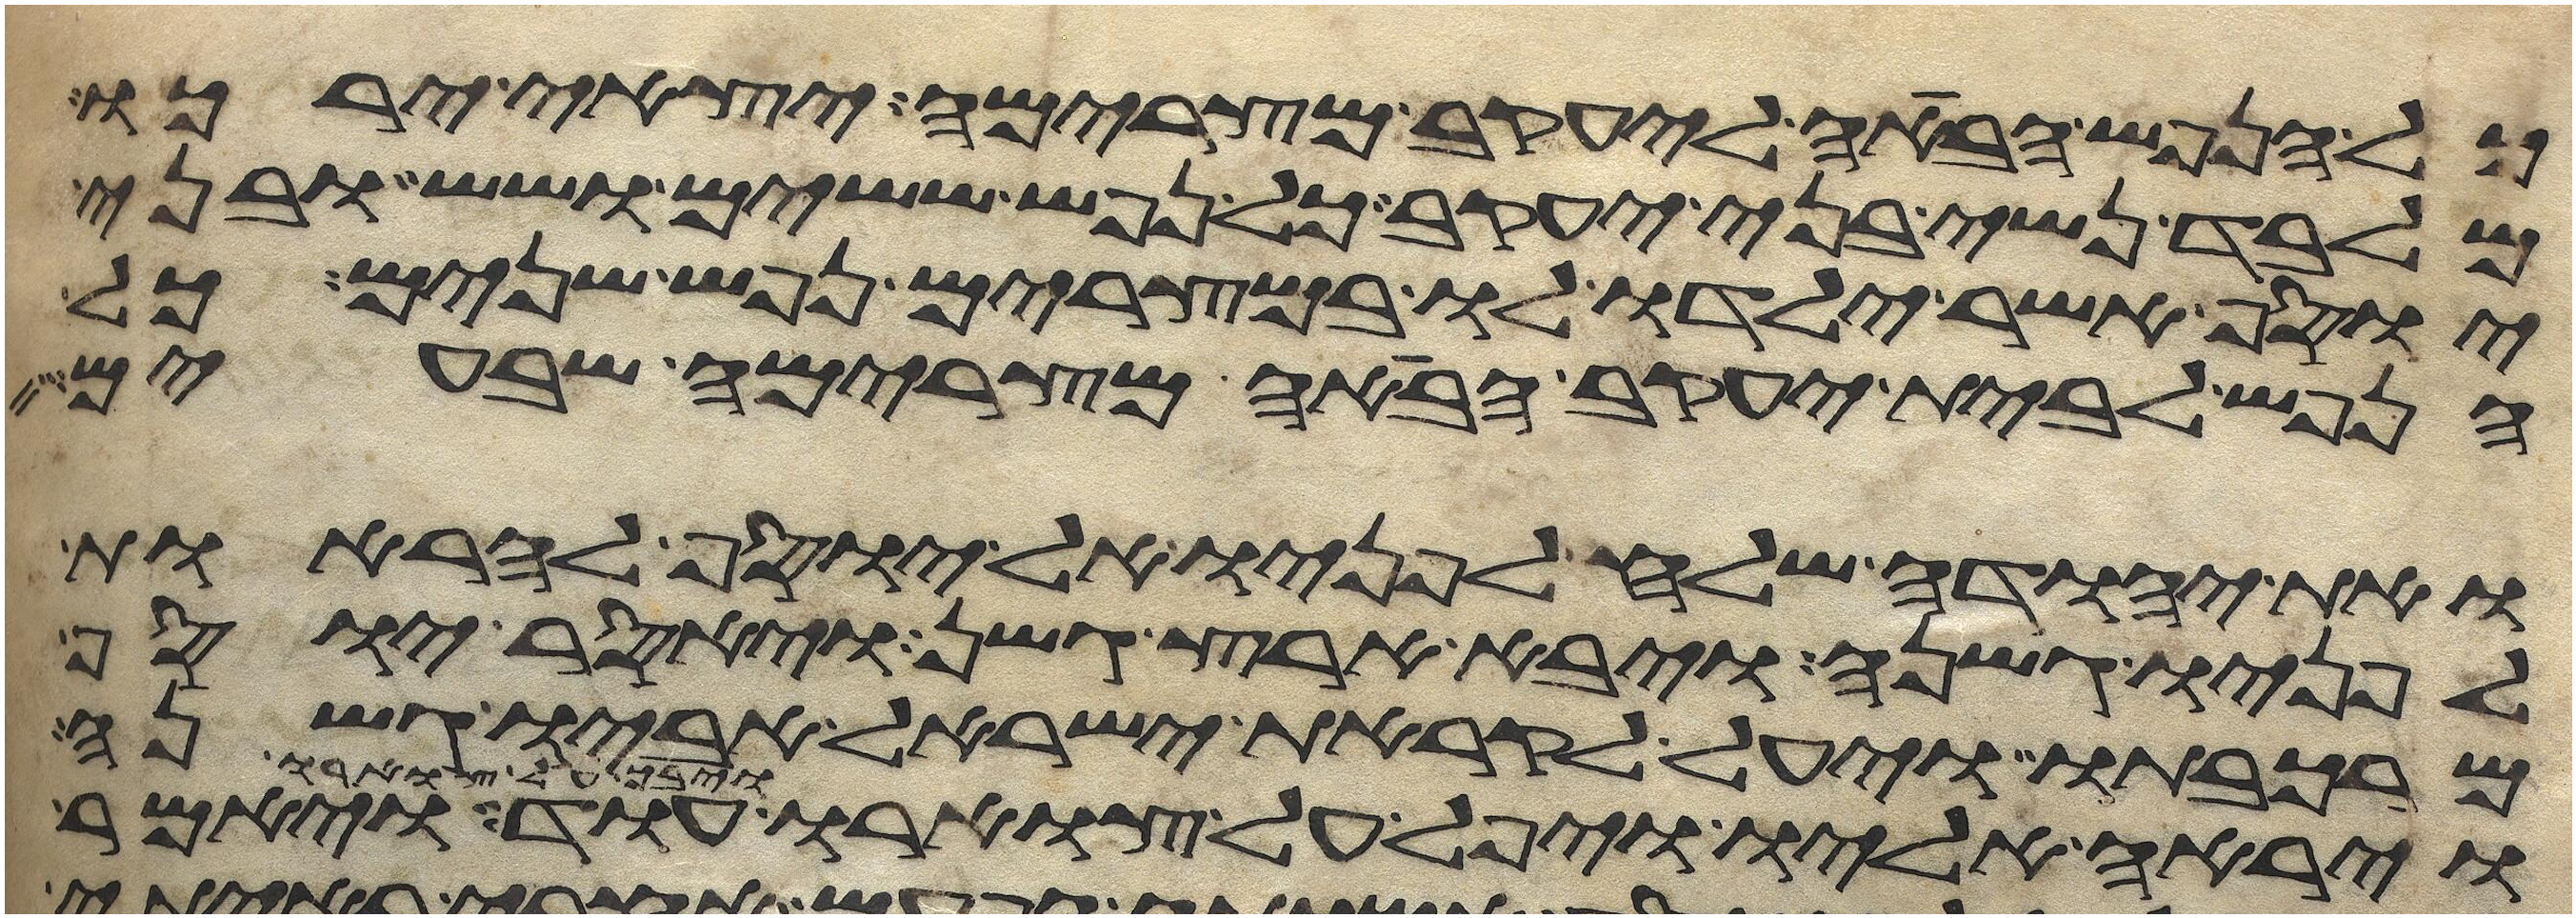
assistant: כל הנפש הבאה ליעקב מצרימה יצאי ירכו
מלבד נשי בני יעקב כל נפש ששים ושש ובני
יוסף אשר ילדו לו במצרים נפש שנים כל
הנפש לבית יעקב הבאה מצרימה שבעים
ואת יהודה שלח לפניו אל יוסף להראות
לפניו גשנה ויבא ארץ גשן ויאסר יוסף
מרכבתו ויעל לקראת ישראל אביו גשנה
וירא אליו ויפל על צוארו ויבך